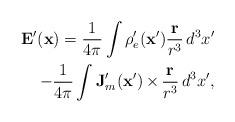
LaTeX: \begin{align*}\mathbf{E}^\prime(\mathbf{x}) =\frac{1}{4\pi}\int\rho_e^\prime(\mathbf{x}')\frac{\mathbf{r}}{r^3}\,d^3x'\\-\frac{1}{4\pi}\int\mathbf{J}_m^\prime (\mathbf{x}')\,{\bf\times}\,\frac{\mathbf{r}}{r^3}\,d^3x',\end{align*}